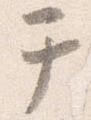
テ